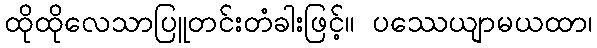
ထိုထိုလေသာပြူတင်းတံခါးဖြင့်။ ပဿေယျာမယထာ၊